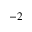
^ { - 2 }